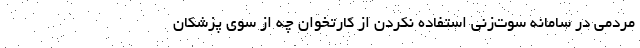
مردمی در سامانه سوت‌زنی استفاده نکردن از کارتخوان چه از سوی پزشکان